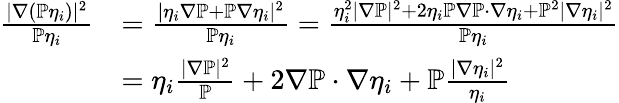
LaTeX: \begin{array}{rl}{\frac{|\nabla(\mathbb{P}\eta_{i})|^{2}}{\mathbb{P}\eta_{i}}}&{=\frac{|\eta_{i}\nabla\mathbb{P}+\mathbb{P}\nabla\eta_{i}|^{2}}{\mathbb{P}\eta_{i}}=\frac{\eta_{i}^{2}|\nabla\mathbb{P}|^{2}+2\eta_{i}\mathbb{P}\nabla\mathbb{P}\cdot\nabla\eta_{i}+\mathbb{P}^{2}|\nabla\eta_{i}|^{2}}{\mathbb{P}\eta_{i}}}\\ &{=\eta_{i}\frac{|\nabla\mathbb{P}|^{2}}{\mathbb{P}}+2\nabla\mathbb{P}\cdot\nabla\eta_{i}+\mathbb{P}\frac{|\nabla\eta_{i}|^{2}}{\eta_{i}}}\end{array}